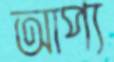
আপ্য